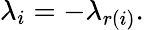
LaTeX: \lambda_{i}=-\lambda_{r(i)}.